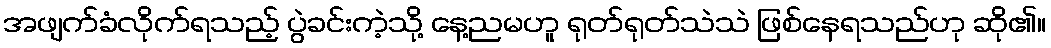
အဖျက်ခံလိုက်ရသည့် ပွဲခင်းကဲ့သို့ နေ့ညမဟူ ရုတ်ရုတ်သဲသဲ ဖြစ်နေရသည်ဟု ဆို၏။